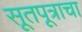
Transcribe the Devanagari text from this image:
सूतपूत्राचा